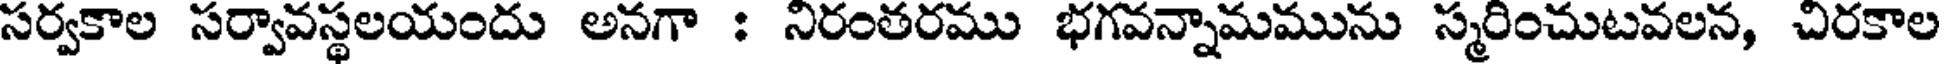
సర్వకాల సర్వావస్థలయందు అనగా : నిరంతరము భగవన్నామమును స్మరించుటవలన, చిరకాల